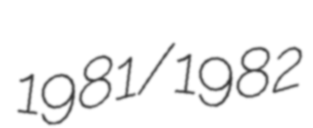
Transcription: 1981/1982